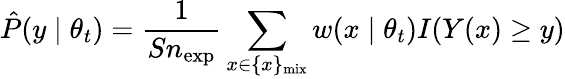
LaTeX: \hat{P}(y\mid\theta_{t})=\frac{1}{Sn_{\mathrm{exp}}}\sum_{x\in\{ x\} _{\mathrm{mix}}}w(x\mid\theta_{t})I(Y(x)\ge y)